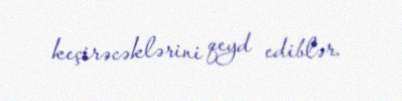
keçirəcəklərini qeyd ediblər.